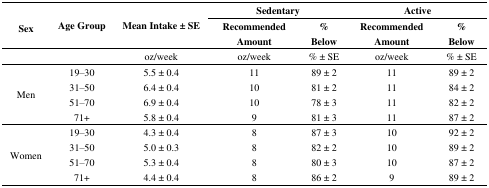
| <ROWSPAN=2> Sex | <ROWSPAN=2> Age Group | <ROWSPAN=2> Mean Intake ± SE | <COLSPAN=2> Sedentary | <COLSPAN=2> Active |
 | Recommended Amount | % Below | Recommended Amount | % Below |
 | --- | --- | --- | --- | --- | --- | --- |
 |  |  | oz/week | oz/week | % ± SE | oz/week | % ± SE |
 | <ROWSPAN=4> Men | 19–30 | 5.5 ± 0.4 | 11 | 89 ± 2 | 11 | 89 ± 2 |
 | 31–50 | 6.4 ± 0.4 | 10 | 81 ± 2 | 11 | 84 ± 2 |
 | 51–70 | 6.9 ± 0.4 | 10 | 78 ± 3 | 11 | 82 ± 2 |
 | 71+ | 5.8 ± 0.4 | 9 | 81 ± 3 | 11 | 87 ± 2 |
 | <ROWSPAN=4> Women | 19–30 | 4.3 ± 0.4 | 8 | 87 ± 3 | 10 | 92 ± 2 |
 | 31–50 | 5.0 ± 0.3 | 8 | 82 ± 2 | 10 | 89 ± 2 |
 | 51–70 | 5.3 ± 0.4 | 8 | 80 ± 3 | 10 | 87 ± 2 |
 | 71+ | 4.4 ± 0.4 | 8 | 86 ± 2 | 9 | 89 ± 2 |